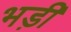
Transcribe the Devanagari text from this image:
भड़ी